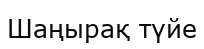
Шаңырақ түйе